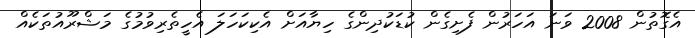
އެގޮތުން 2008 ވަނަ އަހަރުން ފެށިގެން ކުޑަކުދިންގެ ހިޔާއަށް އެކިކަހަލަ އެހީތެރިވުމުގެ މަޝްރޫއުތަކެއް